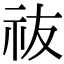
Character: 鿆